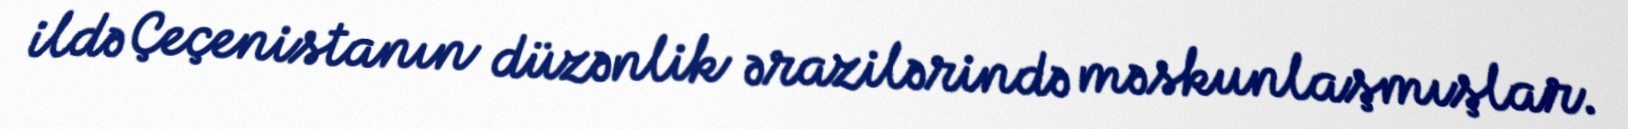
ildə Çeçenistanın düzənlik ərazilərində məskunlaşmışlar.